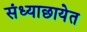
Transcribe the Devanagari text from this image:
संध्याछायेत